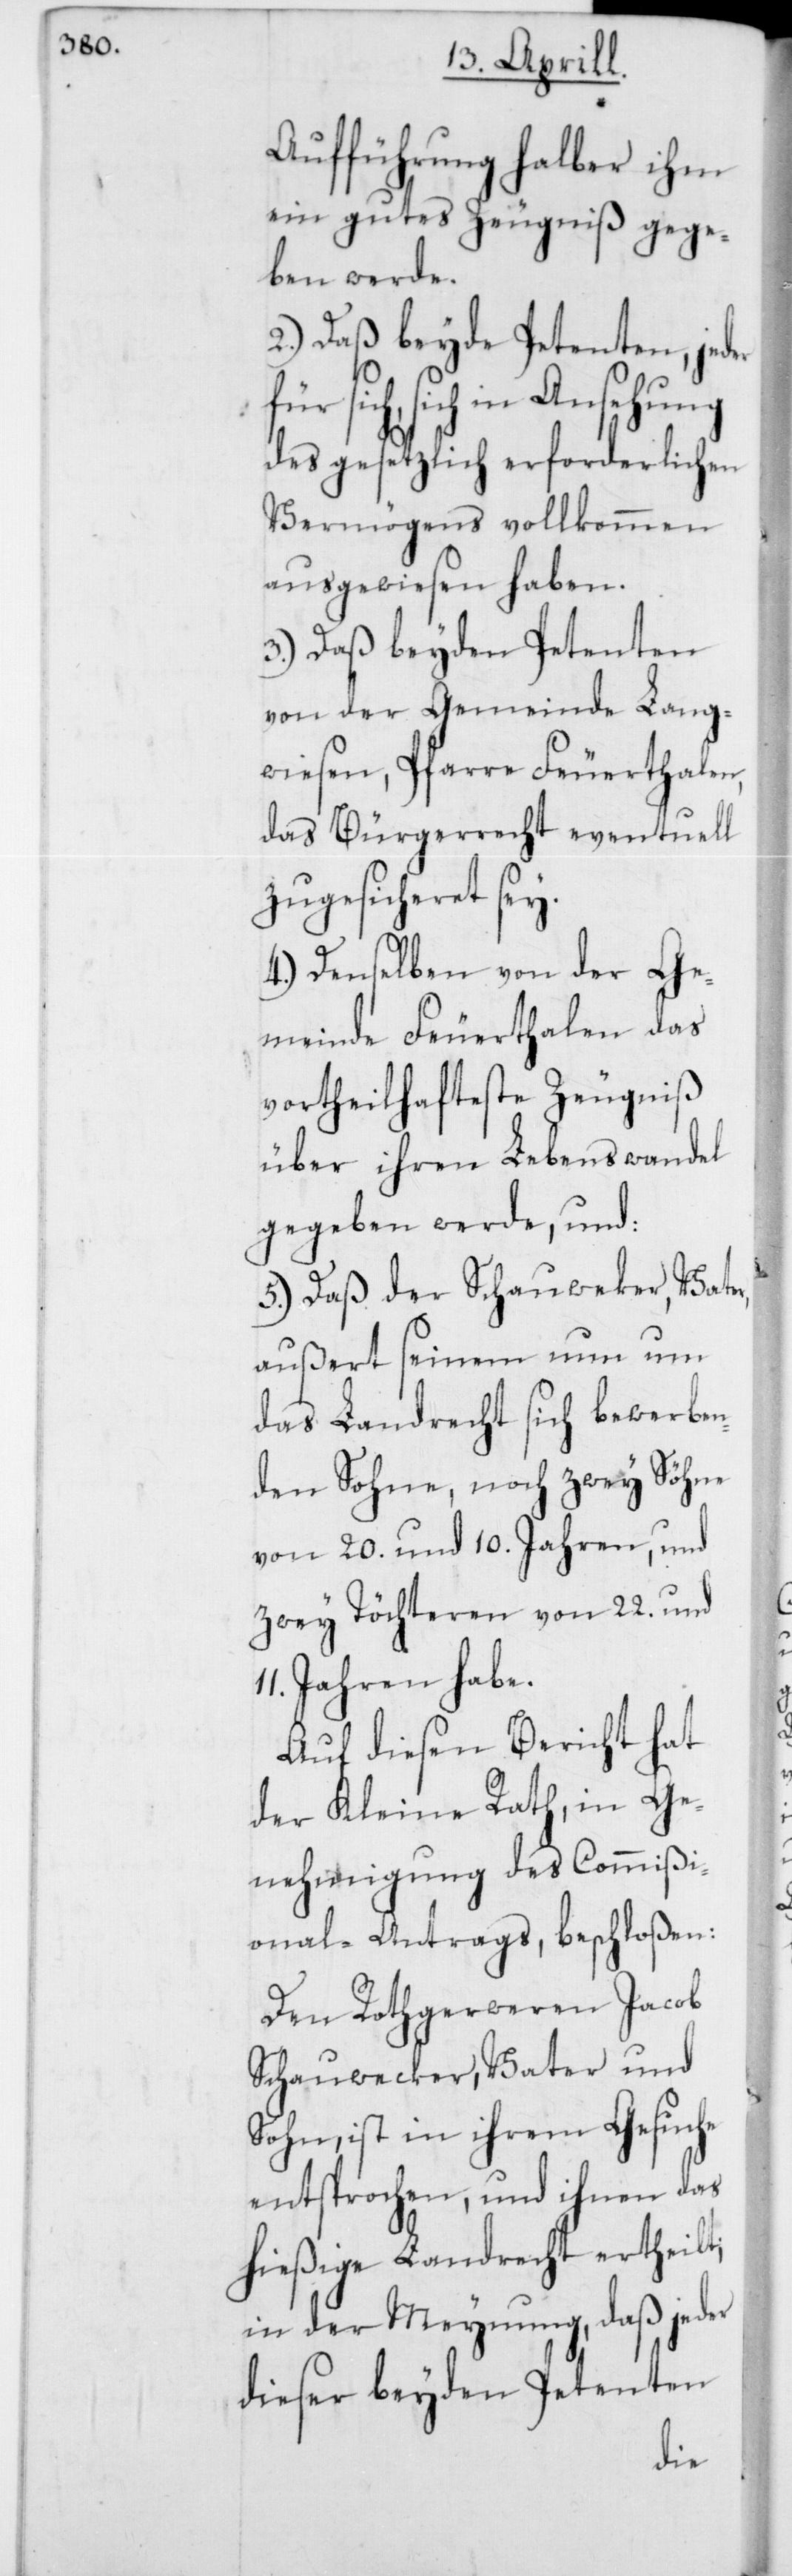
Aufführung halber ihm
ein gutes Zeugniß gege¬
ben werde.
2.) Daß beyde Petenten, jeder
sich in Ansehung
des gesetzlich erforderlichen
Vermögens vollkommen
ausgewiesen haben.
3.) Daß beyde Petenten
von der Gemeinde Lang¬
wiesen, Pfarre Feuerthalen,
das Bürgerrecht eventuell
zugesicheret sey.
4.) Denselben von der Ge¬
meinde Feuerthalen das
vortheilhafteste Zeugniß
über ihren Lebenswandel
gegeben werde, und:
5.) Daß der Schauwecker, Vater,
außert seinem nun um
das Landrecht sich bewerben¬
den Sohne, noch zwey Söhne
von 20. und 10. Jahren, und
zwey Töchteren von 22. und
Jahren habe.
Auf diesen Bericht hat
der Kleine Rath, in Ge¬
nehmigung des Commißi¬
onal-Antrags, beschloßen:
Den Rothgerweren Jacob
Schauwecker, Vater und
Sohn, ist in ihrem Gesuche
entsprochen, und ihnen das
hießige Landrecht ertheilt,
in der Meynung, daß jeder
dieser beyden Petenten